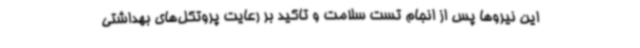
این نیروها پس از انجام تست سلامت و تاکید بر رعایت پروتکل‌های بهداشتی